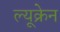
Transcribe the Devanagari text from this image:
ल्यूक्रेन